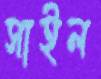
সাইল